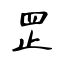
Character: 𦊆